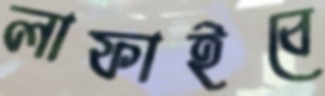
লাফাইবে